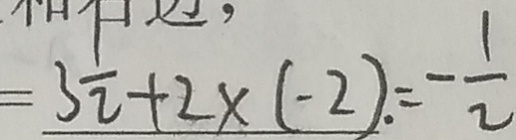
= 3 \frac { 1 } { 2 } + 2 \times ( - 2 ) = - \frac { 1 } { 2 }